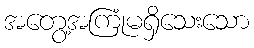
အတွေ့အကြုံမရှိသေးသော